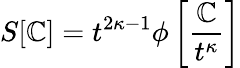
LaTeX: S[\mathbb{C}]=t^{2\kappa-1}\phi\left[\frac{{\mathbb{C}}}{{t^{\kappa}}}\right]